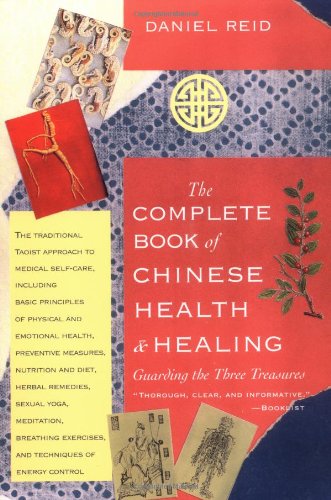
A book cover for The Complete Book of Chinese Health & Healing: Guarding the Three Treasures; Daniel Reid; Health, Fitness & Dieting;